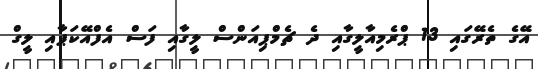
އޭގެ ތެރޭގައި 13 ޕްރެމިއާލީގާއި ދެ ޗެމްޕިއަންސް ލީގާއި ފަސް އެފްއޭކަޕާއި ލީގް